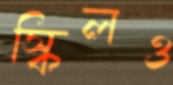
স্কিলও